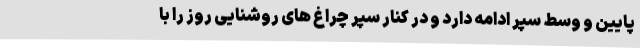
پایین و وسط سپر ادامه دارد و در کنار سپر چراغ های روشنایی روز را با